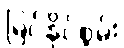
မြင်နိုင်စွမ်း